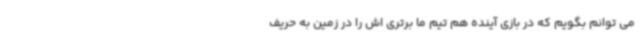
می توانم بگویم که در بازی آینده هم تیم ما برتری اش را در زمین به حریف